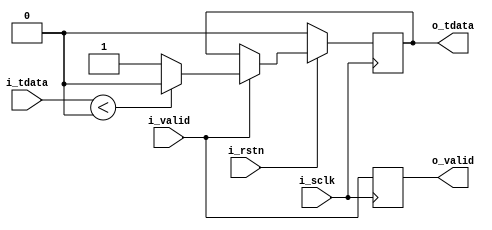
`timescale 1ns / 1ps
//////////////////////////////////////////////////////////////////////////////////
// Company: 
// Engineer: 
// 
// Design Name: 
// Module Name: Sigmoid
// Project Name: 
// Target Devices: 
// Tool Versions: 
// Description: 
// 
// Dependencies: 
// 
// Revision:
// Revision 0.01 - File Created
// Additional Comments:
// 
//////////////////////////////////////////////////////////////////////////////////


module Sigmoid#(
	parameter				WI = 16,
	parameter				WO = 1
)(
	input	wire				i_sclk,
	input	wire				i_rstn,
	
	input	wire				i_valid,
	input	wire signed[WI-1:0]		i_tdata,
	
	output	reg 				o_valid,
	output	reg [WO-1:0]			o_tdata
);



always@(posedge i_sclk)	o_valid <= i_valid;
always@(posedge i_sclk)
     if(!i_rstn)
     	o_tdata <= 'd0;
     else
	if(i_valid)
	begin
		if(i_tdata<0)	o_tdata <= 'd0;
		else		o_tdata <= 'd1;
	end
	else
	                       o_tdata <= o_tdata;

endmodule